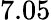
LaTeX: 7.05